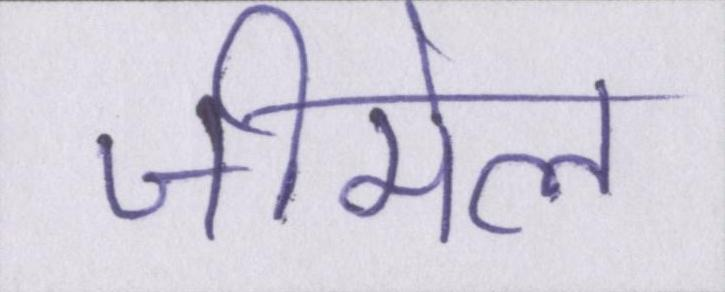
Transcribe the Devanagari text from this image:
जीमेल